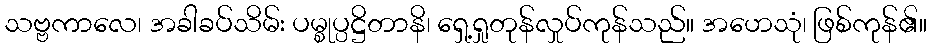
သဗ္ဗကာလေ၊ အခါခပ်သိမ်း ပမ္စုပ္ပဋ္ဌိတာနိ၊ ရှေ့ရှုတုန်လှုပ်ကုန်သည်။ အဟေသုံ၊ ဖြစ်ကုန်၏။